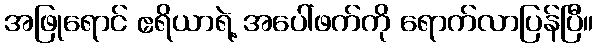
အဖြုရောင် ဧရိယာရဲ့ အပေါ်ဖက်ကို ရောက်လာပြန်ပြီ။